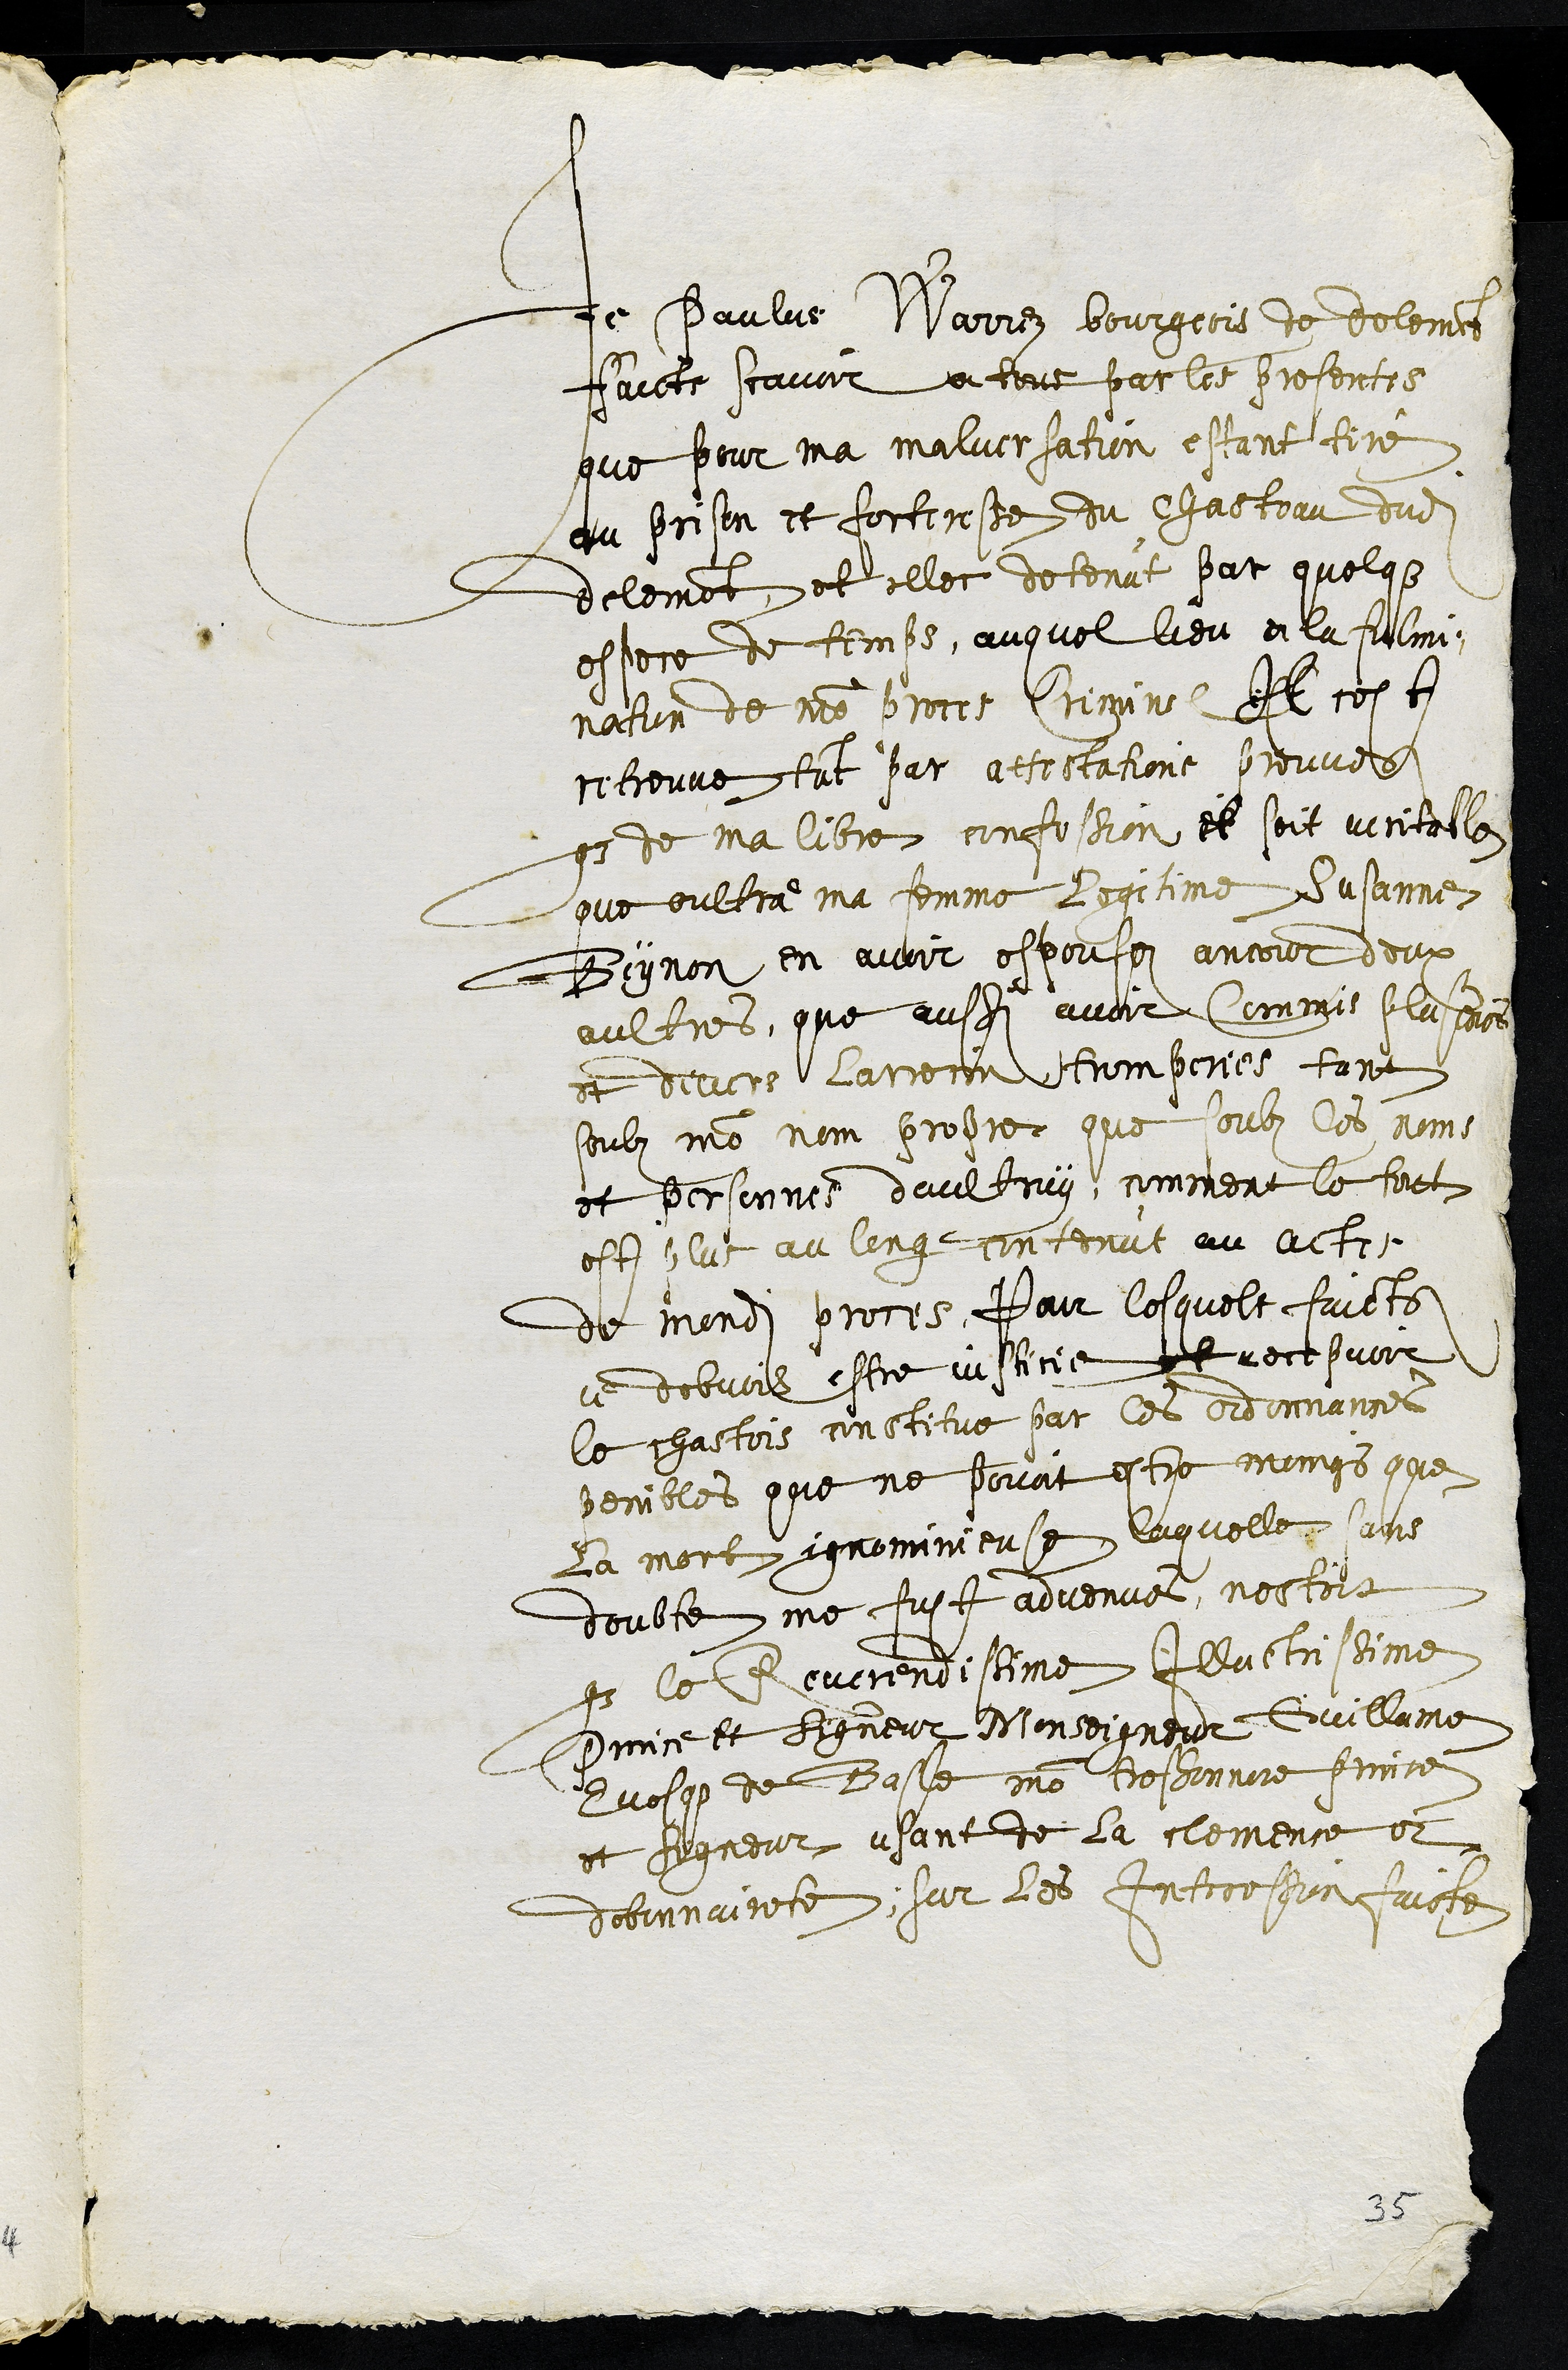
Je Paulus Warrez bourgeois de delemont
faicts scavoir a tout par les presentes
que pour ma malversation estant tiré
au prison et forteresse du chasteau dudit
delemont et illec detenut par quelque
espace de temps, auquel lieu a la fulmi¬
nation de notre proces Criminel Il cest
retreuve tant par attestations preuves
que de ma libre confession et soit veritable
que oultre ma femme legitime Susanne
Beynon en avoir espousez ancour deux
aultres, que aussi avoit commis plusieurs
et divers larrecin tromperies tans
soubz mon nom propre que soubz les noms
et personnes daultruy, comment le tout
est plus au long contenut au actes
de mondit proces, Pour lesquels faicts
je debvois estre justicie et recepvoir
le chastois constitue par les ordonnances
penibles que ne povoit estre moings que
la mort ignominieuse, laquelle sans
doubte me fust advenues, nestoit
que le Reverendissime Illustrissime
Prince et Seigneur Monseigneur Guillame
Evesque de Basle mon tres honnore prince
et seigneur usant de la clemence et
debonnairete, sur les Intercession faicte
35